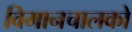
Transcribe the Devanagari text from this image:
विमानचालको